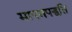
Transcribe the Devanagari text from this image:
मापनपद्धति